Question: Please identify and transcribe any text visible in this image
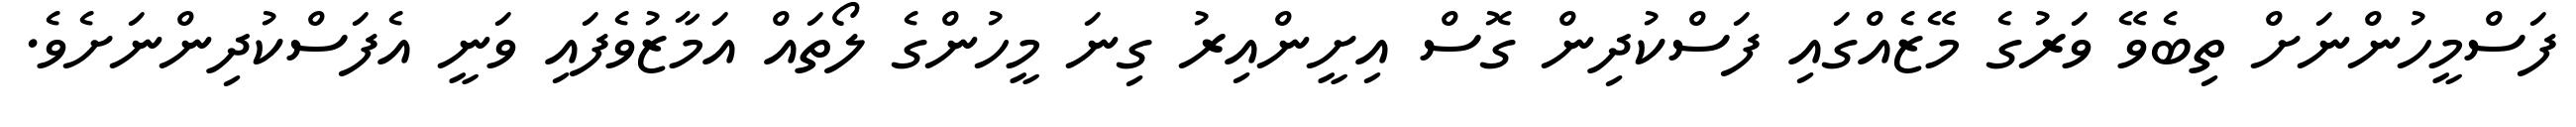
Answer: ފަސްމީހުންނަށް ތިބެވޭ ވަރުގެ މޭޒެއްގައި ފަސްކުދިން ގޮސް އިށީންއިރު ގިނަ މީހުންގެ ލޯތައް އަމާޒުވެފައި ވަނީ އެފަސްކުދިންނަށެވެ.